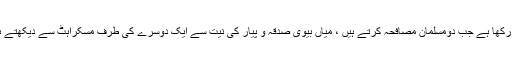
اللہ پاک نے مومنوں کو بخشنے کے لئے اجر و ثواب رکھا ہے جب دومسلمان مصافحہ کرتے ہیں ، میاں بیوی صدقہ و پیار کی نیت سے ایک دوسرے کی طرف مسکراہٹ سے دیکھتے ہیں ، باپ بچوں پر صدقہ کی نیت سے خرچ کرتا ہے۔